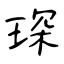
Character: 琛